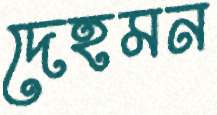
দেহমন